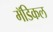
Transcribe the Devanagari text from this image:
मॅडिकल